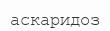
аскаридоз